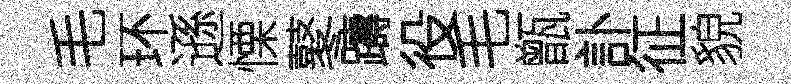
毛环遜慄鼕躊役毛甑訃征貌